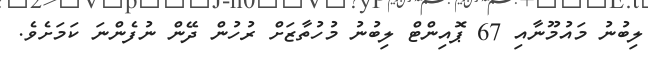
ލިބުނު މައުމޫނާއި 67 ޕޮއިންޓް ލިބުނު މުހުތާޒަށް ރުހުން ދޭން ނުފެންނަ ކަމަށެވެ.